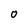
Character: 0